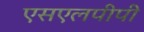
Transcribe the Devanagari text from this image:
एसएलपीपी